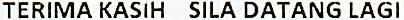
TERIMA KASIH SILA DATANG LAGI